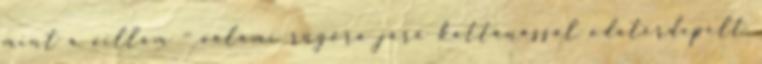
mint a villám – valami rúgóra járó kattanással odatérdepelt